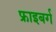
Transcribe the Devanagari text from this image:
फ्राइबर्ग